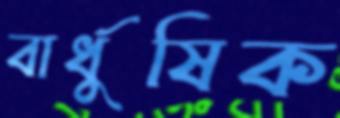
বার্ধুষিক